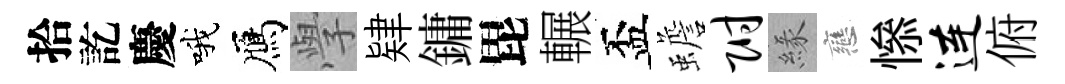
拾訖慶哦鴈𭓕肄鏞毘輾盃蟾附緣戀𢡖连俯